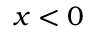
x < 0